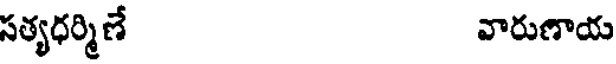
సత్యధర్మిణే వారుణాయ